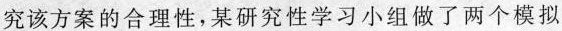
究该方案的合理性，某研究性学习小组做了两个模拟